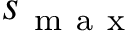
s _ { \mathrm { ~ m ~ a ~ x ~ } }